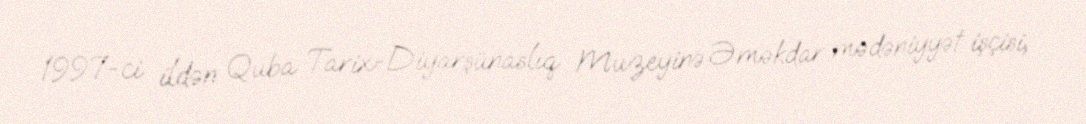
1997-ci ildən Quba Tarix-Diyarşünaslıq Muzeyinə Əməkdar mədəniyyət işçisi,